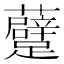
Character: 𲄑